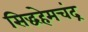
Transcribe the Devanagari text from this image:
सिद्धहेमचंद्र